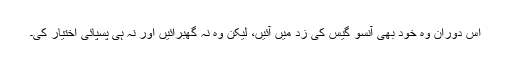
اس دوران وہ خود بھی آنسو گیس کی زد میں آئیں، لیکن وہ نہ گھبرائیں اور نہ ہی پسپائی اختیار کی۔